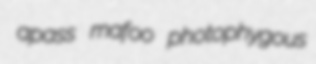
apass mafoo photophygous